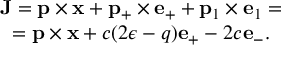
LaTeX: \begin{array} { c } { { { \bf J } = { \bf p } \times { \bf x } + { \bf p } _ { + } \times { \bf e } _ { + } + { \bf p } _ { 1 } \times { \bf e } _ { 1 } = } } \\ { { = { \bf p } \times { \bf x } + c ( 2 \epsilon - q ) { \bf e } _ { + } - 2 c { \bf e } _ { - } . } } \end{array}